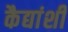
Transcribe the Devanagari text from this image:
कैद्यांशी